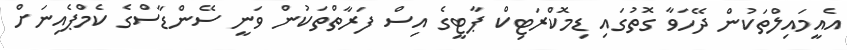
އެއީމައިލްތަކުން ދޭހަވާ ގޮތުގައި ޑިމޮކްރަޓިކް ޕާޓީގެ އިސް ފަރާތްތަކުން ވަނީ ސޭންޑާސްގެ ކެމްޕެއިނަށް